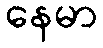
နေမာ